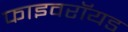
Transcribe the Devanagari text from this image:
फाइवरॉयड